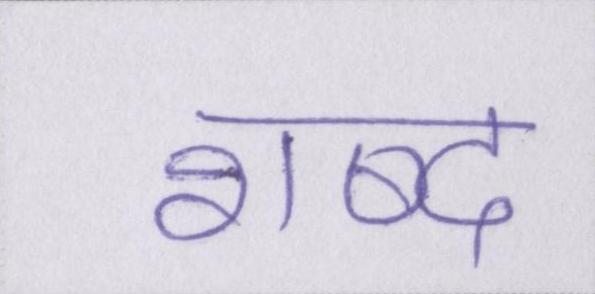
शब्द